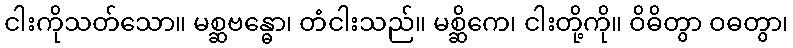
ငါးကိုသတ်သော။ မစ္ဆဗန္ဓော၊ တံငါးသည်။ မစ္ဆိကေ၊ ငါးတို့ကို။ ဝိဓိတွာ ဝဓတွာ၊